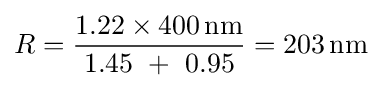
R={\frac {1.22\times 400\,{\mbox{nm}}}{1.45\ +\ 0.95}}=203\,{\mbox{nm}}